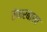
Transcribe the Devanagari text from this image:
सेमरबासा